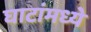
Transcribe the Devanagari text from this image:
घाटांमध्ये